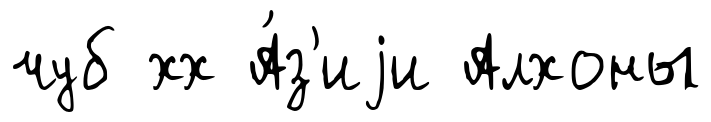
чуб хх А́з'иjи Алхоны